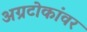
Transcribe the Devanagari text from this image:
अग्रटोकांवर